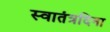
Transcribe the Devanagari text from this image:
स्वातंत्रदिना